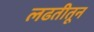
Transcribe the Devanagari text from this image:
लढतीतून